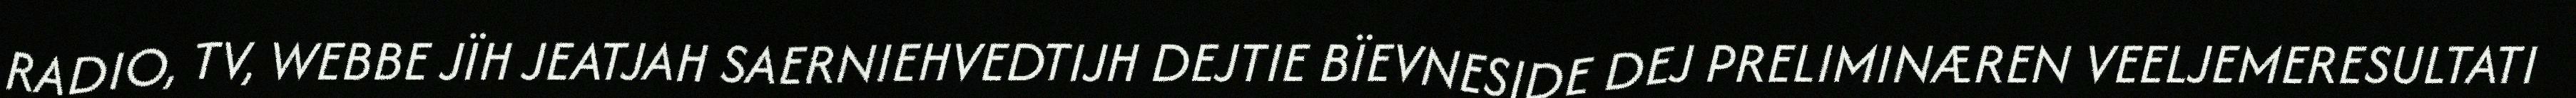
RADIO, TV, WEBBE JÏH JEATJAH SAERNIEHVEDTIJH DEJTIE BÏEVNESIDE DEJ PRELIMINÆREN VEELJEMERESULTATI